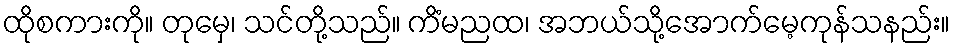
ထိုစကားကို။ တုမှေ၊ သင်တို့သည်။ ကိံမညထ၊ အဘယ်သို့အောက်မေ့ကုန်သနည်း။